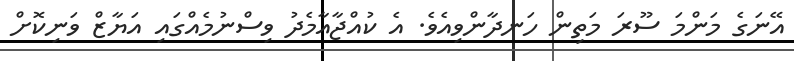
އޭނަގެ މަންމަ ސޫރަ މަތިން ހަނދާންވިއެވެ. އެ ކުއްޖާއާމެދު ވިސްނުމެއްގައި އަޔާޒް ވަނިކޮށް